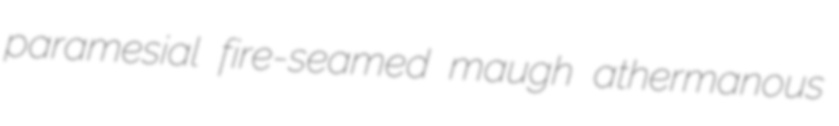
paramesial fire-seamed maugh athermanous